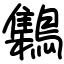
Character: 𪆐